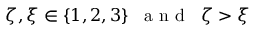
\zeta , \xi \in \{ 1 , 2 , 3 \} \; \; \textrm { a n d } \; \; \zeta > \xi